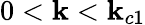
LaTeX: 0<\mathbf{k}<\mathbf{k}_{c1}